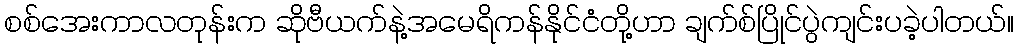
စစ်အေးကာလတုန်းက ဆိုဗီယက်နဲ့အမေရိကန်နိုင်ငံတို့ဟာ ချက်စ်ပြိုင်ပွဲကျင်းပခဲ့ပါတယ်။